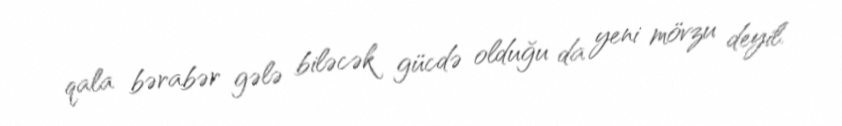
qala bərabər gələ biləcək gücdə olduğu da yeni mövzu deyil.